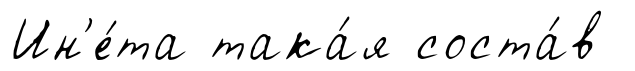
Ин'е́та така́я соста́в